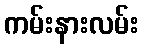
ကမ်းနားလမ်း